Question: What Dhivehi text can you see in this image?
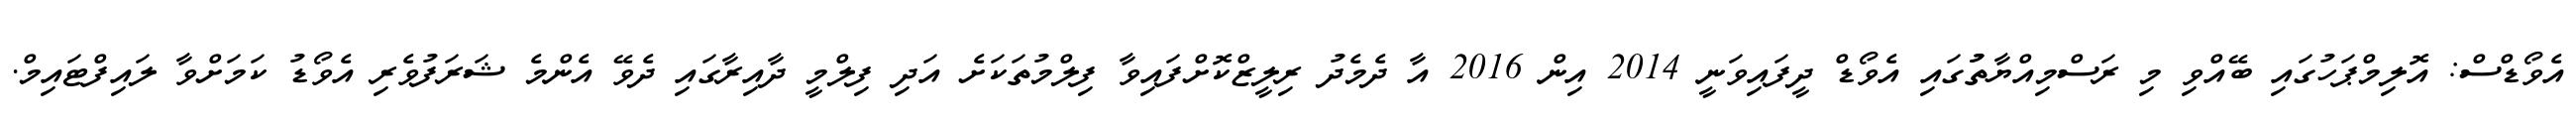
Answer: އެވޯޑްސް: އޮލިމްޕަހުގައި ބޭއްވި މި ރަސްމިއްޔާތުުގައި އެވޯޑް ދީފައިވަނީ 2014 އިން 2016 އާ ދެމެދު ރިލީޒްކޮށްފައިވާ ފިލްމުތަކަށެ އަދި ފިލްމީ ދާއިރާގައި ދެވޭ އެންމެ ޝަރަފުވެރި އެވޯޑު ކަމަށްވާ ލައިފްޓައިމް.